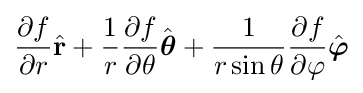
{\partial f \over \partial r}{\hat {\mathbf {r} }}+{1 \over r}{\partial f \over \partial \theta }{\hat {\boldsymbol {\theta }}}+{1 \over r\sin \theta }{\partial f \over \partial \varphi }{\hat {\boldsymbol {\varphi }}}